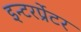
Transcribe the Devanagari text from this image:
इन्टरर्प्रेटर